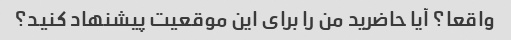
واقعا؟ آیا حاضرید من را برای این موقعیت پیشنهاد کنید؟